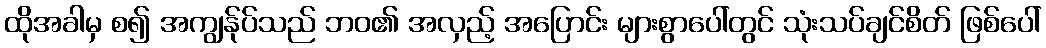
ထိုအခါမှ စ၍ အကျွန်ုပ်သည် ဘဝ၏ အလှည့် အပြောင်း များစွာပေါ်တွင် သုံးသပ်ချင်စိတ် ဖြစ်ပေါ်